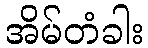
အိမ်တံခါး